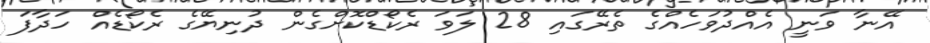
އޭނާ ވަނީ އެއްދުވަހެއްގެ ތެރޭގައި 28 ލަވަ ރެކޯޑްކޮށްގެން ދުނިޔޭގެ ރެކޯޑެއް ހަދާފަ